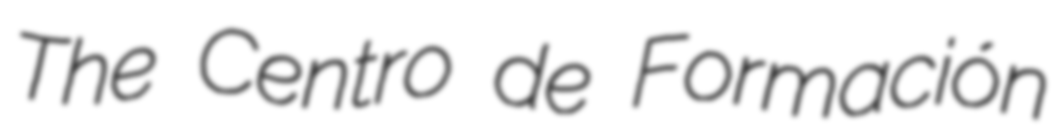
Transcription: The Centro de Formación